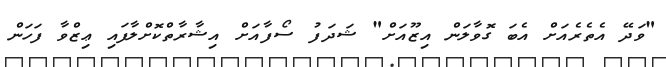
"ވަދޭ އެތެރެއަށް އެބަ ގޮވާލަން އިޒޫއަށް" ޝަދަފު ސޯފާއަށް އިޝާރާތްކޮށްލާފައި ޢިޒްވާ ފަހަން